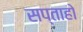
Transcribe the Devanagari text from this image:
सप्ताहो